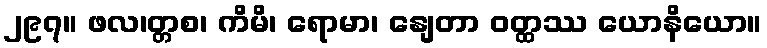
၂၉၇။ ဖလ၊တ္တစ၊ ကိမိ၊ ရောမာ၊ နျေတာ ဝတ္ထဿ ယောနိယော။